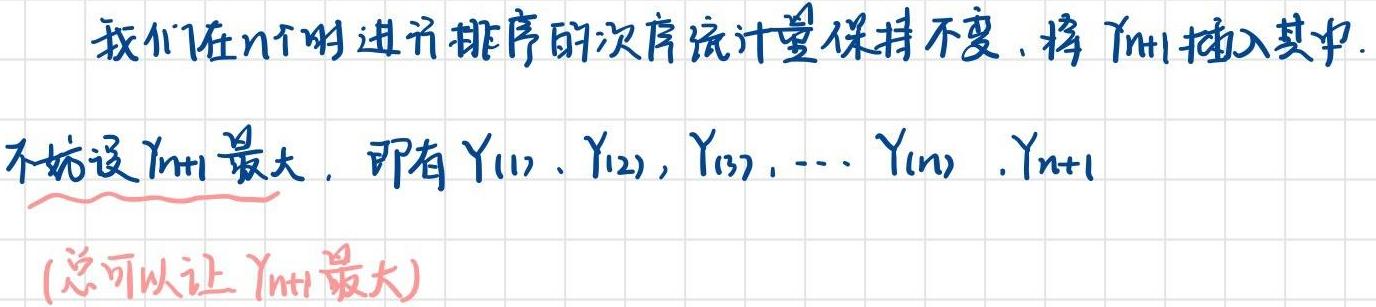
我们在$n$个的进行排序的次序统计量保持不变，将$Y_{n + 1}$插入其中.
不妨设$Y_{n + 1}$最大，即有$Y_{(1)},Y_{(2)},Y_{(3)},\cdots,Y_{(n)},Y_{n + 1}$
(总可以让$Y_{n + 1}$最大)